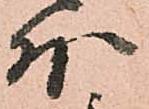
外